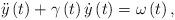
LaTeX: \begin{align*}\ddot{y}\left( t\right) +\gamma\left( t\right) \dot{y}\left( t\right)=\omega\left( t\right) , \end{align*}